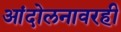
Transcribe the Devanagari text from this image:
आंदोलनावरही